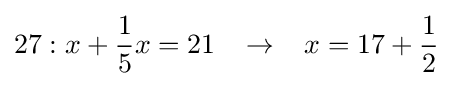
27:x+{\frac {1}{5}}x=21\;\;\;\rightarrow \;\;\;x=17+{\frac {1}{2}}